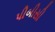
પીબીસી